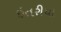
ઇતરીયા